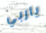
ياربي